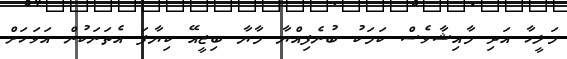
މަލީހާ އަދި މާއިޝާވެސް ކަމަކު ބުނެފިއްޔާ މާޔާ ބިޒީއޭ ކިޔާފަ އެތަނަކުން އަވަހަށް